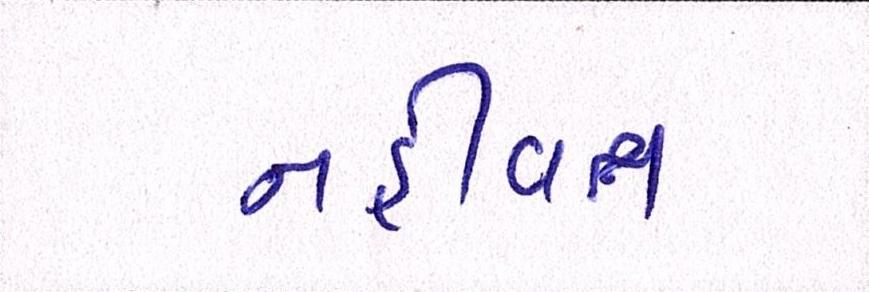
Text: નહીંવત